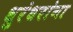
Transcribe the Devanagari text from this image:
धुरंधरांना